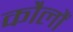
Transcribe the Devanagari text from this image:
कौलौं